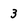
Character: 3